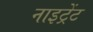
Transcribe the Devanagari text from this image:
नाइट्रेंट